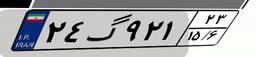
۲۴گ۹۲۱۲۳